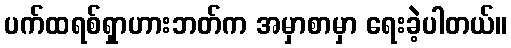
ပက်ထရစ်ရှာဟားဘတ်က အမှာစာမှာ ရေးခဲ့ပါတယ်။